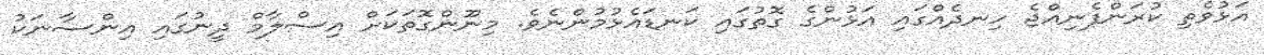
އަޅުވެތި ކުރަންފެނިއްޖެ ހިނދެއްގައި އަޅުންގެ ގޮތުގައި ކަނޑައެޅުމުންނެވެ. މިނޫންގޮތަކަށް އިސްލާމް ދީނުގައި އިންސާނަކު